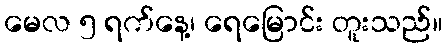
မေလ ၅ ရက်နေ့၊ ရေမြောင်း တူးသည်။